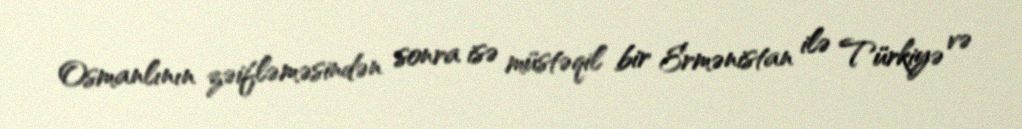
Osmanlının zəifləməsindən sonra isə müstəqil bir Ermənistan ilə Türkiyə və